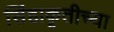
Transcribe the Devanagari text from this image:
सिंहाकृतीच्या